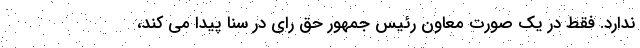
ندارد. فقط در یک صورت معاون رئیس جمهور حق رای در سنا پیدا می کند،